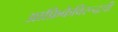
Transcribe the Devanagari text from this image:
आफ्रिकेविरूद्धची